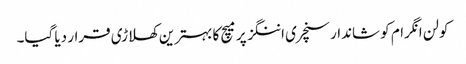
کولن انگرام کو شاندار سنچری اننگز پر میچ کا بہترین کھلاڑی قرار دیا گیا۔